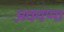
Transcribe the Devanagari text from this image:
अवयप्पा